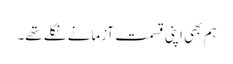
ہم بھی اپنی قسمت آزمانے نکلے تھے۔